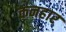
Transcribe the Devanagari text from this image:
कनहार